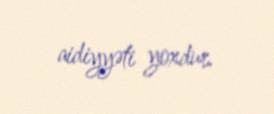
aidiyyəti yoxdur.